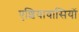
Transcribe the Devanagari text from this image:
एशियावासियों